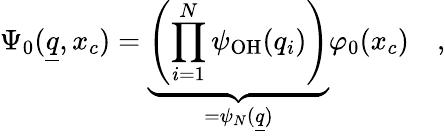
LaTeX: \Psi_{0}(\underline{{q}},x_{c})=\underbrace{\left(\prod_{i=1}^{N}\psi_{\mathrm{OH}}(q_{i})\right)}_{=\psi_{N}(\underline{{q}})}\varphi_{0}(x_{c})\quad,